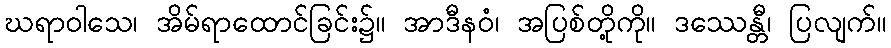
ဃရာဝါသေ၊ အိမ်ရာထောင်ခြင်း၌။ အာဒီနဝံ၊ အပြစ်တို့ကို။ ဒဿေန္တီ၊ ပြလျက်။